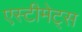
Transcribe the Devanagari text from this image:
एस्टीमेट्स